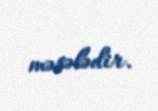
məsələdir.